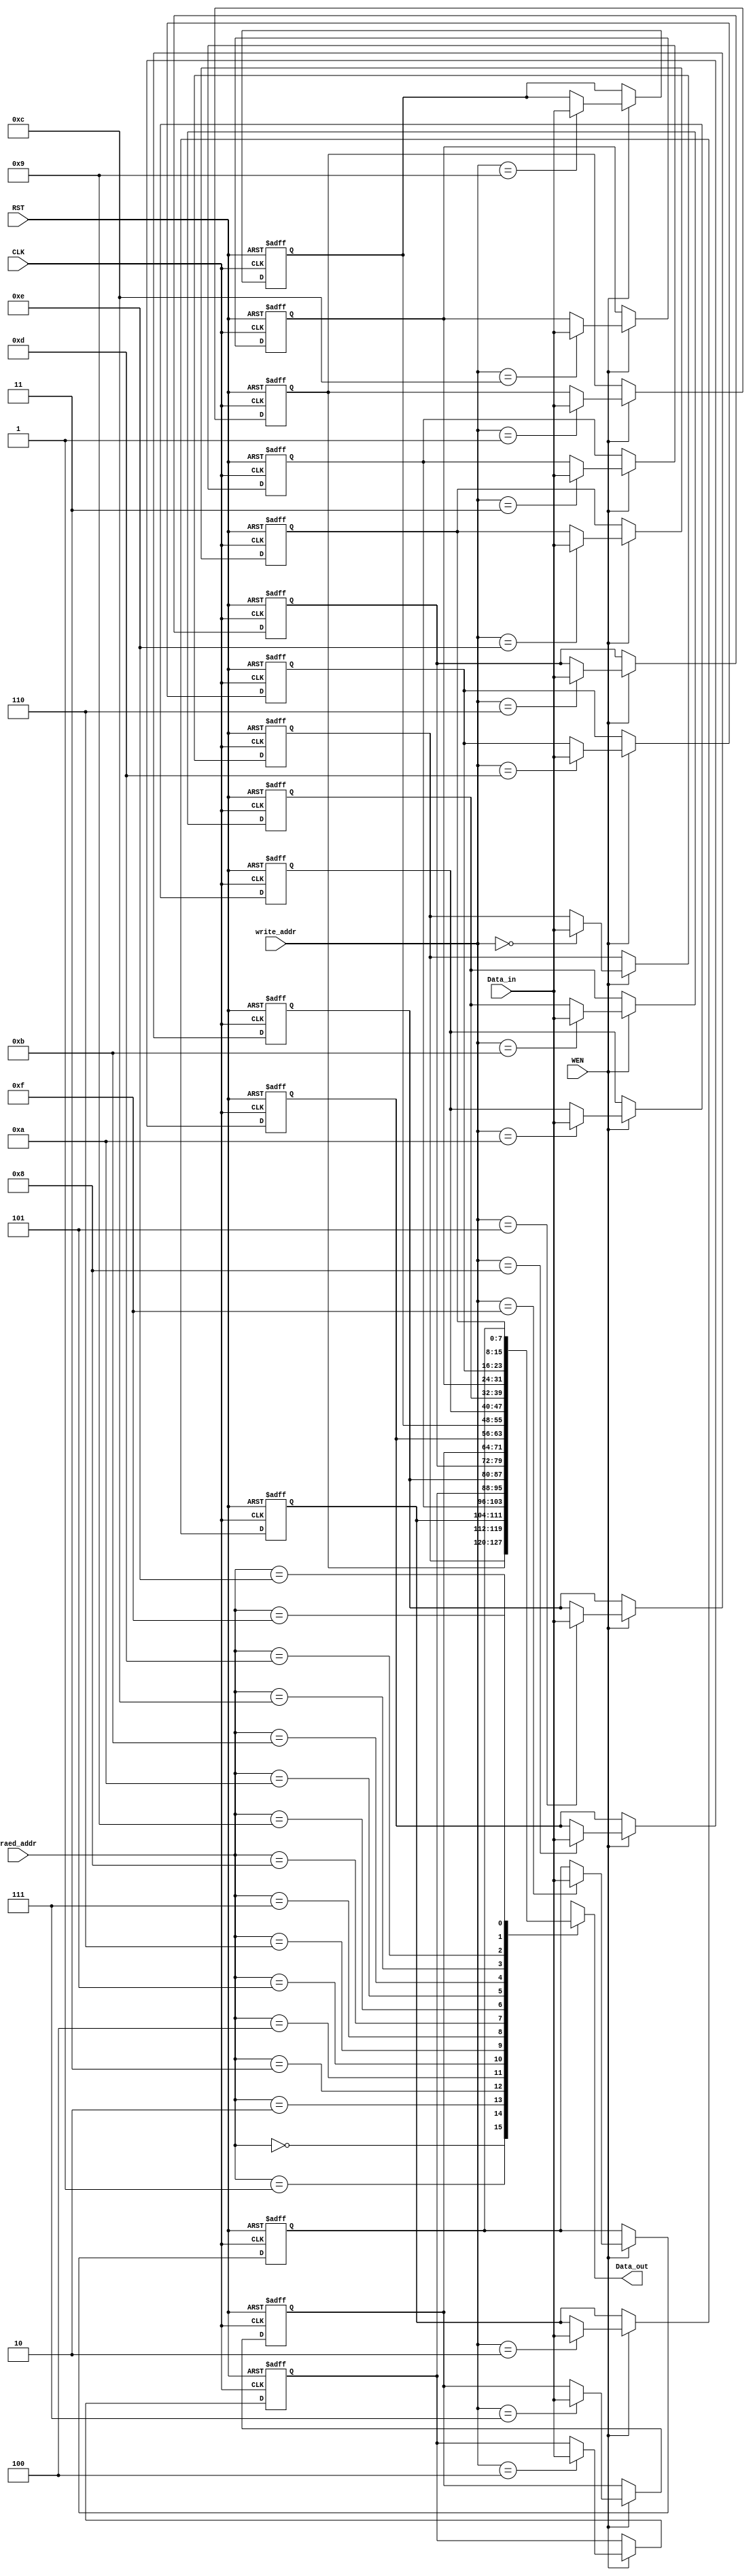
module RAM_module  #(parameter DATA_WIDTH = 8, ADDR_WIDTH = 4)
(
    input   wire    [DATA_WIDTH - 1:0]      Data_in,
    input   wire    [ADDR_WIDTH - 1:0]      write_addr,
    input   wire    [ADDR_WIDTH - 1:0]      raed_addr,
    input   wire                            WEN,
    input   wire                            CLK,
    input   wire                            RST,

    output  wire    [DATA_WIDTH - 1:0]      Data_out
);

reg [DATA_WIDTH - 1 : 0] RAM [2**ADDR_WIDTH - 1 : 0];
integer k;


assign  Data_out = RAM[raed_addr];


always @(posedge CLK , negedge RST) begin
    if (!RST) begin
        for(k = 0; k < 2**ADDR_WIDTH; k = k + 1) 
            begin
                RAM[k] <= 'b0;
            end
    end else begin
        if(WEN)     RAM[write_addr] <= Data_in;
    end
end






endmodule